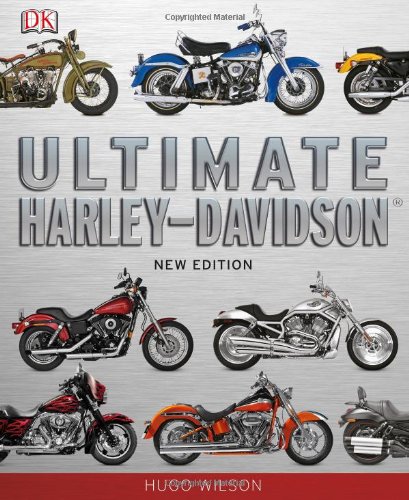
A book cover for Ultimate Harley Davidson; Hugo Wilson; Engineering & Transportation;